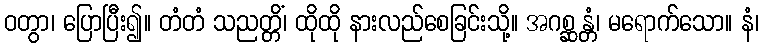
ဝတွာ၊ ပြောပြီး၍။ တံတံ သညတ္တိံ၊ ထိုထို နားလည်စေခြင်းသို့။ အဂစ္ဆန္တံ၊ မရောက်သော။ နံ၊